Vaccination United Provinces of Agra and Oudh 1902-1913 - 1902-1913
Year: 1902
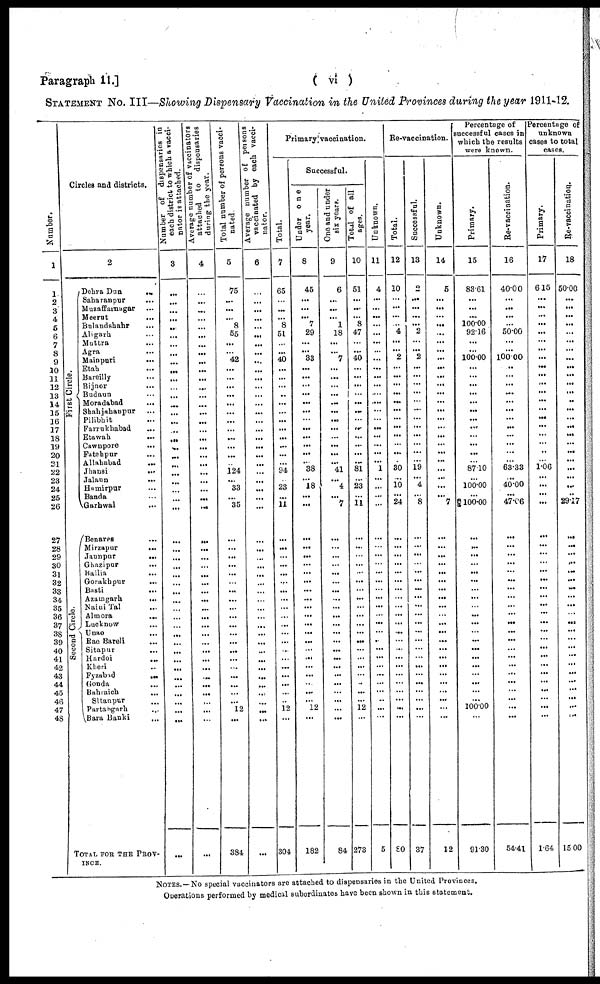
Paragraph 11.]
( vi )
STATEMENT No. III—Showing Dispensary Vaccination in the United Provinces during the year 1911-12.
Number.
1
1
2
3
4
5
6
7
8
9
10
11
12
13
14
15
16
17
18
19
20
21
22
23
24
25
26
27
28
29
30
31
32
33
34
35
36
37
38
39
40
41
42
43
44
45
46
47
48
Circles and districts.
2
First Circle.
Second Circle.
Dehra Dun
...
Saharanpur ...
Muzaffarnagar ...
Meerut ...
Bulandshahr ...
Aligarh ...
Muttra ...
Agra ...
Mainpuri
...
Etah ...
Bareilly ...
Bijnor ...
Budaun ...
Moradabad
...
Shahjahanpur ...
Pilibhit ...
Farrukhabad ...
Etawah
...
Cawnpore
...
Fatehpur ...
Allahabad ...
Jhansi
...
Jalaun ...
Hamirpur ...
Banda ...
Garhwal ...
Benares ...
Mirzapur ...
Jaunpur
...
Ghazipur
...
Ballia ...
Gorakhpur
...
Basti ...
Azamgarh
...
Naini Tal ...
Almora
...
Lucknow ...
Unao ...
Rae Bareli
...
Sitapur ...
Hardoi ...
Kheri ...
Fyzabad
...
Gonda ...
Bahraich ...
Sltanpur ...
Partabgarh ...
Bara Banki ...
TOTAL FOR THE PROV¬
----.
Number of dispensaries in
each district to which a vacci¬
nator
is
attached.
3
...
...
...
...
...
...
...
...
...
...
...
...
...
...
...
...
...
...
...
...
...
...
...
...
...
...
...
...
...
...
...
...
...
...
...
...
...
...
...
...
...
...
...
...
...
...
...
...
...
Average number of vaccinators
attached to
dispensaries
during
the
year.
4
...
...
...
...
...
...
...
...
...
...
...
...
...
...
...
...
...
...
...
...
...
...
...
...
...
...
...
...
...
...
...
...
...
...
...
...
...
...
...
...
...
...
...
...
...
...
...
...
...
Total number of persons vacci-
nated.
5
75
...
...
... 8
55
...
...
42
...
...
...
...
...
...
...
...
...
...
...
...
124
...
33
...
35
...
...
...
...
...
...
...
...
...
...
...
...
...
...
...
...
...
...
...
...
12
...
384
Average number of persons
vaccinated by each vacci¬
nator.
6
...
...
...
...
...
...
...
...
...
...
...
...
...
...
...
...
...
...
...
...
...
...
...
...
...
...
...
...
...
...
...
...
...
...
...
...
...
...
...
...
...
...
...
...
...
...
...
...
...
Primary vaccination.
Total.
7
65
...
...
... 8
51
...
40
...
...
...
..
...
...
...
...
...
...
...
94
... 23
...
11
...
...
...
...
...
...
...
...
...
...
...
...
...
...
...
...
...
...
...
...
12
...
304
Successful.
Under one
year.
8
45
...
...
... 7
29
...
...
33
...
...
...
...
...
...
...
...
...
...
...
...
38
... 18
...
...
...
...
...
...
...
...
...
...
...
...
...
...
...
...
...
...
...
...
...
12
...
182
One and under
six years.
9
6
...
...
... 1
18
...
...
7
...
...
...
...
...
...
...
...
...
...
...
...
41
... 4
...
7
...
...
...
...
...
...
...
...
...
...
...
...
...
...
...
...
...
...
...
...
...
...
84
Total of all
ages.
10
51
...
...
... 8
47
...
...
40
...
...
...
...
...
...
...
...
...
...
...
...
81
...
23
...
11
...
...
...
...
...
...
...
...
...
...
...
...
...
...
...
...
...
...
...
...
12
...
273
Unknown.
11
4
...
...
...
...
...
...
...
...
...
...
...
...
...
...
...
...
...
...
...
...
1
...
...
...
...
...
...
...
...
...
...
...
...
...
...
...
...
...
...
...
...
...
...
...
...
...
...
5
Re-vaccination.
Total.
12
10
...
...
...
...
4
...
...
2
...
...
...
...
...
...
...
...
...
...
...
...
30
...
10
...
24
...
...
...
...
...
...
...
...
...
...
...
...
...
...
...
...
...
...
...
...
...
...
80
Successful.
13
2
...
...
...
...
2
...
...
2
...
...
...
...
...
...
...
...
...
...
...
...
19
... 4
...
8
...
...
...
...
...
...
...
...
...
...
...
...
...
...
...
...
...
...
...
...
...
...
37
Unknown.
14
5
...
...
...
...
...
...
...
...
...
...
...
...
...
...
...
...
...
...
...
...
...
...
...
...
7
...
...
...
...
...
...
...
...
...
...
...
...
...
...
...
...
...
...
...
...
...
...
12
Percentage of
successful cases in
which the results
were known.
Primary.
15
83.61
...
...
...
100.00
92.16
...
...
100.00
...
...
...
...
...
...
...
...
...
...
...
...
87.10
...
100.00
...
§ 100.00
...
...
...
...
...
...
...
...
...
...
...
...
...
...
...
...
...
...
...
100.00
...
91.30
Re-vaccination.
16
40.00
...
...
...
...
50.00
...
...
100.00
...
...
...
...
...
...
...
...
...
...
...
...
63.33
...
40.00
...
47.06
...
...
...
...
...
...
...
...
...
...
...
...
...
...
...
...
...
...
...
...
...
54.41
Percentage of
unknown
cases to total
cases.
Primary.
17
6.15
...
...
...
...
...
...
...
...
...
...
... ...
...
...
...
...
...
..
1.06
...
...
...
...
...
...
...
...
...
...
...
...
...
...
...
...
...
...
...
...
...
...
...
...
...
1.64
Re-vaccination.
18
50.00
...
...
...
...
...
...
...
...
...
...
...
...
...
...
...
...
...
...
...
...
...
... ...
...
29.17
...
...
...
...
...
...
...
...
...
...
...
...
...
...
...
...
...
...
...
...
...
...
15.00
NOTES.—No special vaccinators are attached to dispensaries in the United Provinces.
Operations performed by medical subordinates have been shown in this statement.